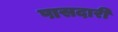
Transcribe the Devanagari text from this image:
पासदारी